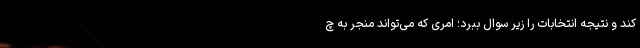
کند و نتیجه انتخابات را زیر سوال ببرد؛ امری که می‌تواند منجر به چ